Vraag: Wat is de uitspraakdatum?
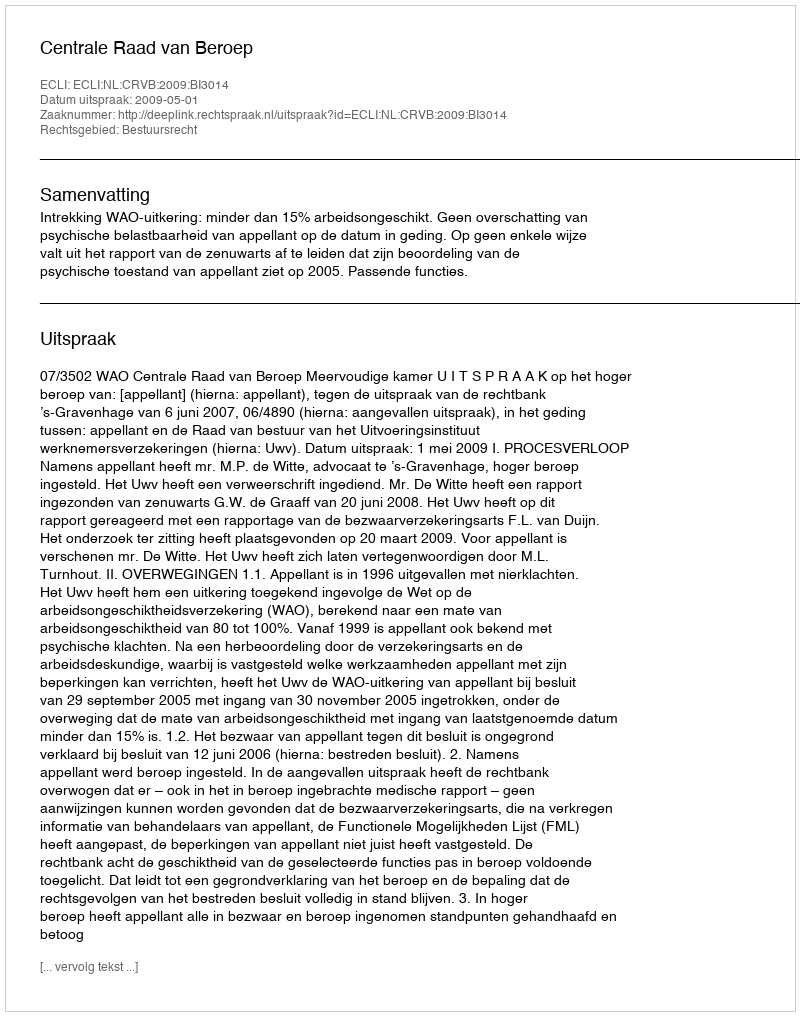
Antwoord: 2009-05-01